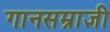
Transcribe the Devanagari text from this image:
गानसम्राज्ञी